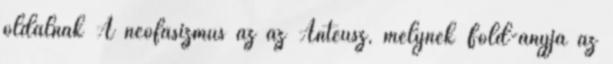
oldalnak A neofasizmus az az Anteusz, melynek Föld-anyja az